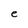
Character: e